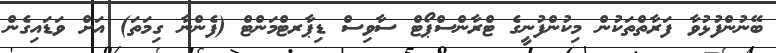
ބޭނުންފުޅުވާ ފަރާތްތަކުން މިކުންފުނީގެ ޓްރާންސްޕޯޓް ސާވިސް ޑިޕާރޓްމަންޓް (ފެންނާ ގިމަތަ) އަށް ވަޑައިގެން